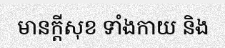
មានក្តីសុខ ទាំងកាយ និង